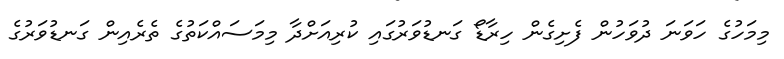
މިމަހުގެ ހަވަނަ ދުވަހުން ފެށިގެން ހިރާޑޯ ގަނޑުވަރުގައި ކުރިއަށްދާ މިމަސައްކަތުގެ ތެރެއިން ގަނޑުވަރުގެ